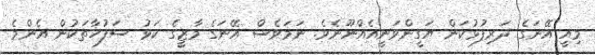
މިއީ އޭނަގެ ދަރިފުޅުކަން ޔަގީންވަނީއެއްނޫނެވެ. ނަމަވެސް އޭނަގެ މާޒީގެ ކަޅު ސަފުހާތަކުން އެންމެ